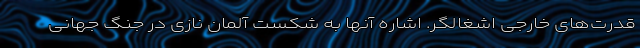
قدرت‌های خارجی اشغالگر. اشاره آنها به شکست آلمان نازی در جنگ جهانی